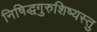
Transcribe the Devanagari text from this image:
निषिद्धगुरुशिष्यस्तु